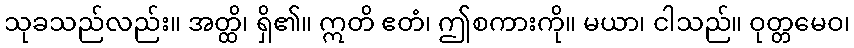
သုခသည်လည်း။ အတ္ထိ၊ ရှိ၏။ ဣတိ ဧတံ၊ ဤစကားကို။ မယာ၊ ငါသည်။ ဝုတ္တမေဝ၊